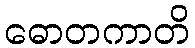
ဓောတကာတိ